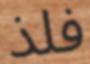
فلذ